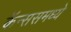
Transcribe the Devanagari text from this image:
कॅन्ससमध्ये